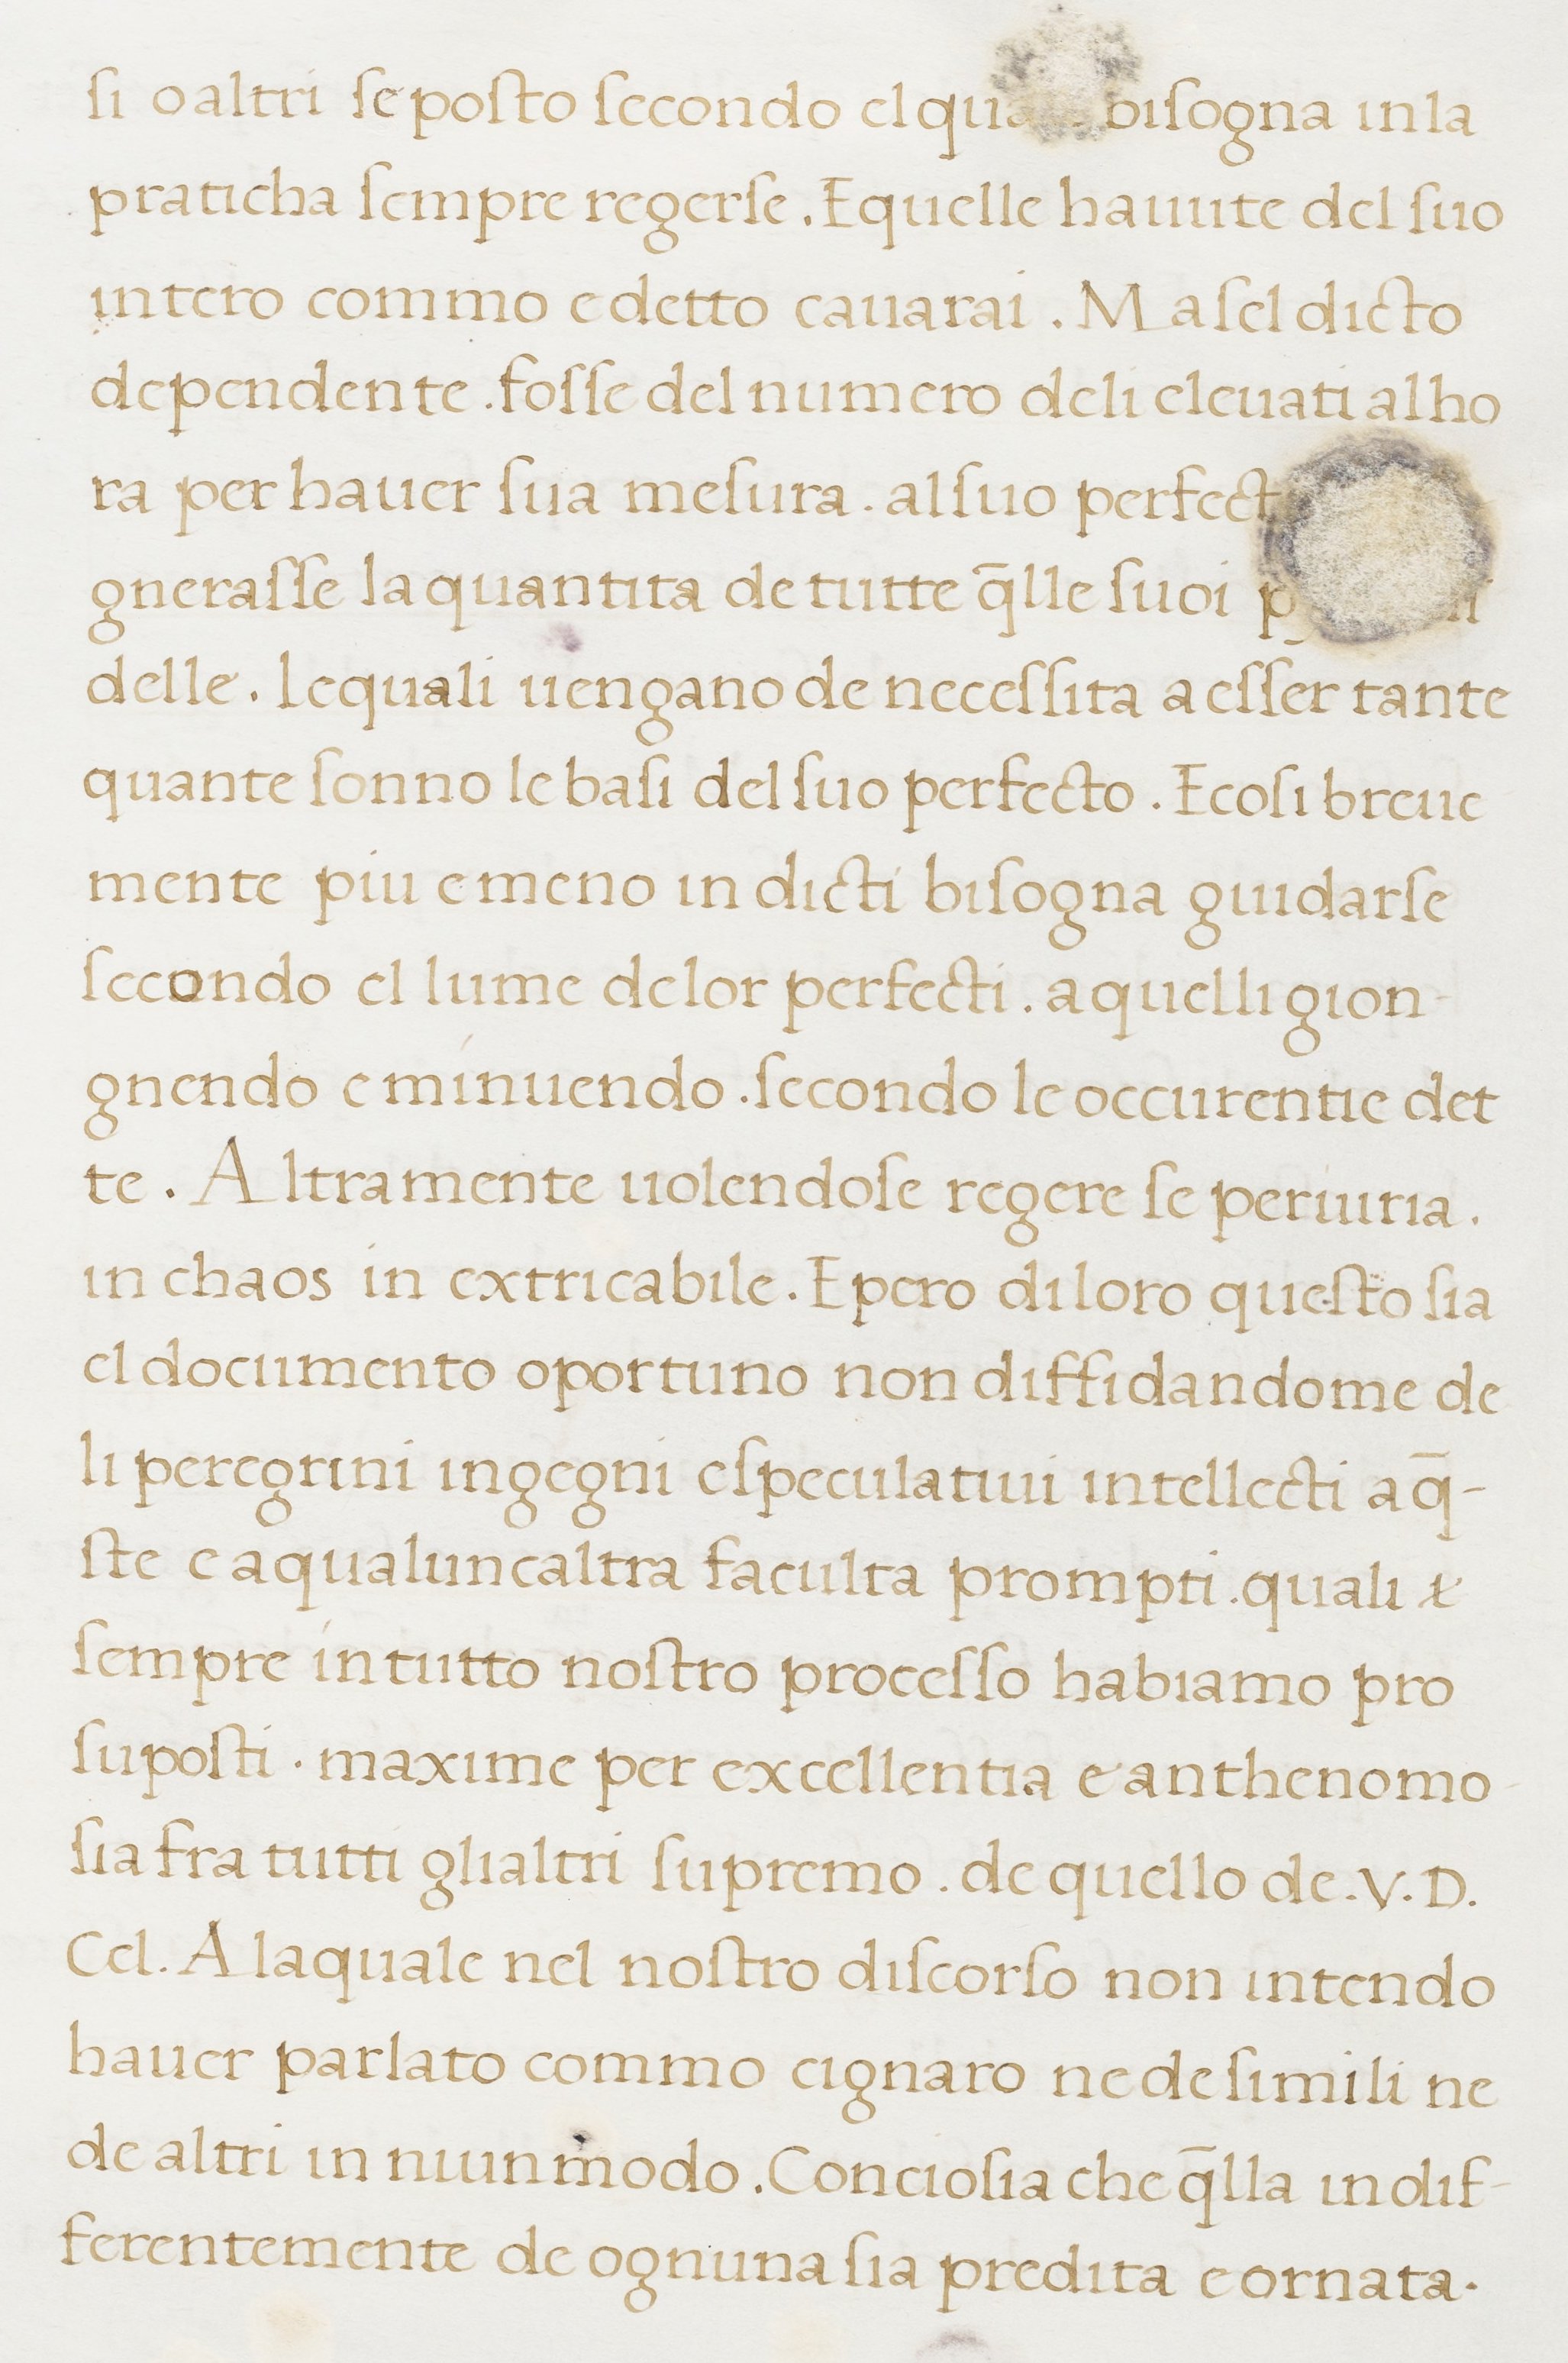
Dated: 1498–1498